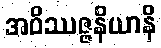
အဝိဿဇ္ဇနိယာနိ